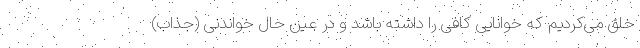
خلق می‌کردیم که خوانایی کافی را داشته باشد و در عین حال خواندنی (جذاب)